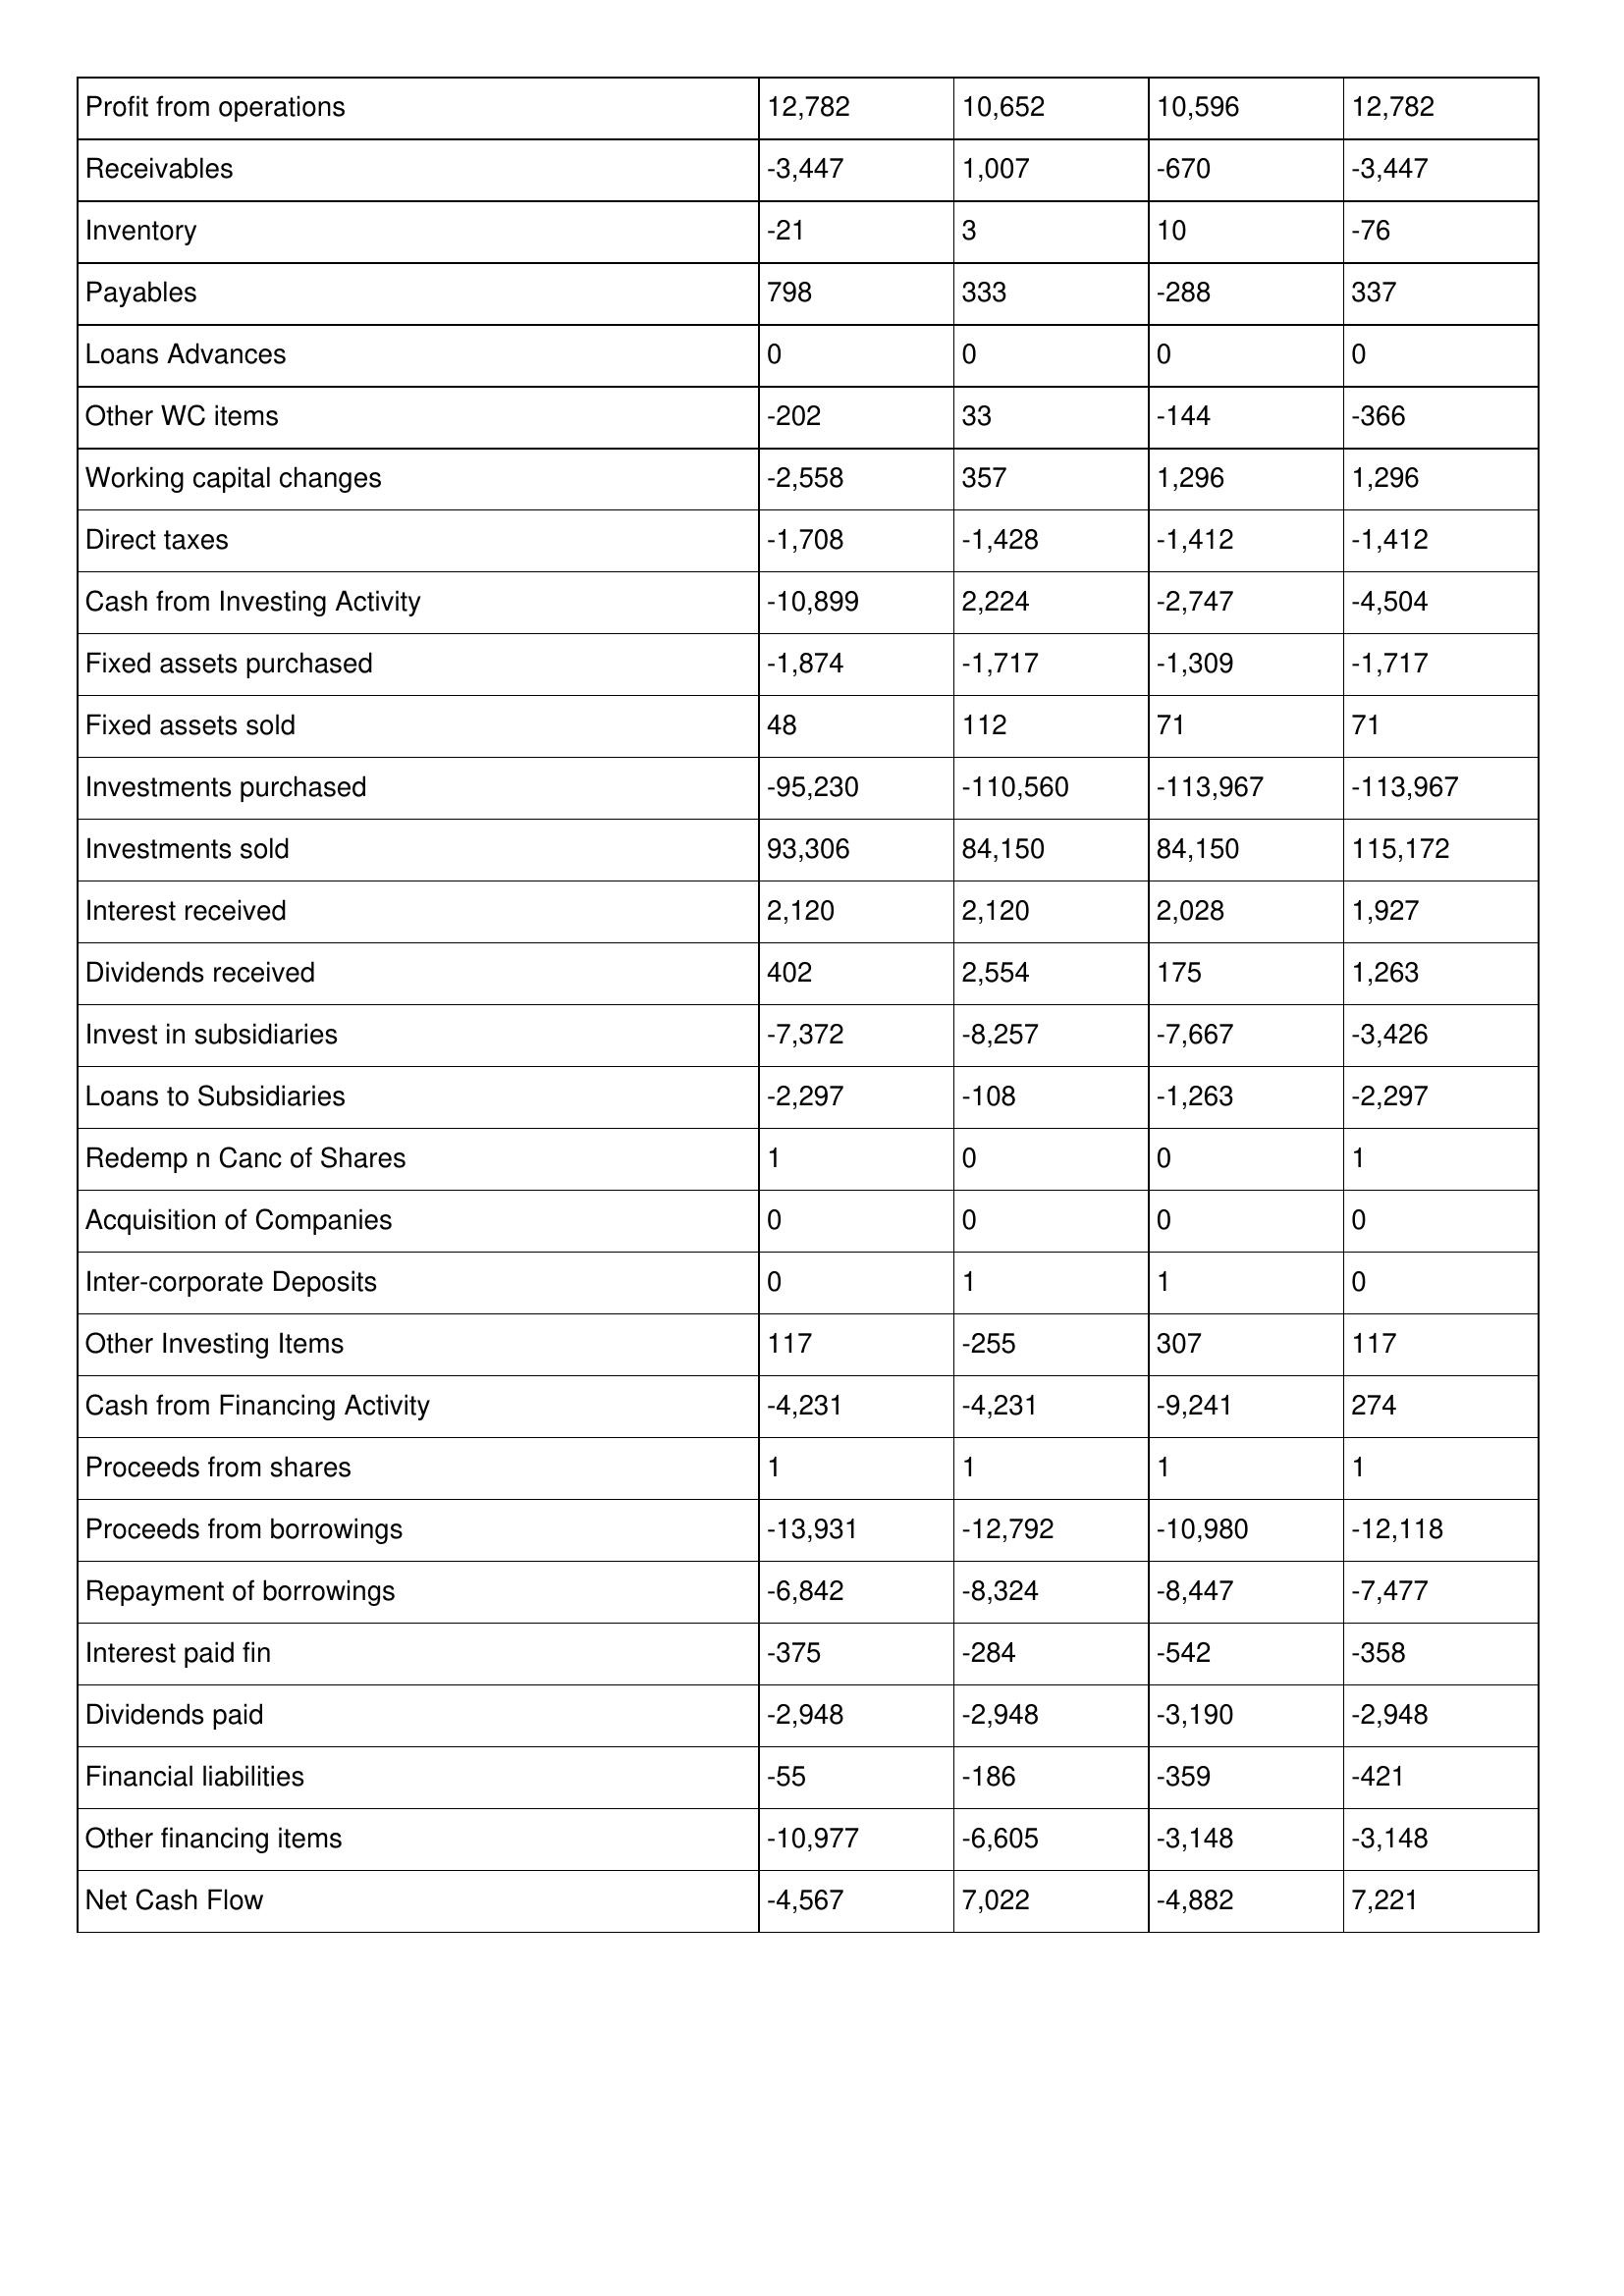
gt_parse: 1997: Cash Flows: Profit from operations: 12,782
Receivables: -3,447
Inventory: -21
Payables: 798
Loans Advances: 0
Other WC items: -202
Working capital changes: -2,558
Direct taxes: -1,708
Cash from Investing Activity: -10,899
Fixed assets purchased: -1,874
Fixed assets sold: 48
Investments purchased: -95,230
Investments sold: 93,306
Interest received: 2,120
Dividends received: 402
Invest in subsidiaries: -7,372
Loans to Subsidiaries: -2,297
Redemp n Canc of Shares: 1
Acquisition of Companies: 0
Inter-corporate Deposits: 0
Other Investing Items: 117
Cash from Financing Activity: -4,231
Proceeds from shares: 1
Proceeds from borrowings: -13,931
Repayment of borrowings: -6,842
Interest paid fin: -375
Dividends paid: -2,948
Financial liabilities: -55
Other financing items: -10,977
Net Cash Flow: -4,567
1996: Cash Flows: Profit from operations: 10,652
Receivables: 1,007
Inventory: 3
Payables: 333
Loans Advances: 0
Other WC items: 33
Working capital changes: 357
Direct taxes: -1,428
Cash from Investing Activity: 2,224
Fixed assets purchased: -1,717
Fixed assets sold: 112
Investments purchased: -110,560
Investments sold: 84,150
Interest received: 2,120
Dividends received: 2,554
Invest in subsidiaries: -8,257
Loans to Subsidiaries: -108
Redemp n Canc of Shares: 0
Acquisition of Companies: 0
Inter-corporate Deposits: 1
Other Investing Items: -255
Cash from Financing Activity: -4,231
Proceeds from shares: 1
Proceeds from borrowings: -12,792
Repayment of borrowings: -8,324
Interest paid fin: -284
Dividends paid: -2,948
Financial liabilities: -186
Other financing items: -6,605
Net Cash Flow: 7,022
1995: Cash Flows: Profit from operations: 10,596
Receivables: -670
Inventory: 10
Payables: -288
Loans Advances: 0
Other WC items: -144
Working capital changes: 1,296
Direct taxes: -1,412
Cash from Investing Activity: -2,747
Fixed assets purchased: -1,309
Fixed assets sold: 71
Investments purchased: -113,967
Investments sold: 84,150
Interest received: 2,028
Dividends received: 175
Invest in subsidiaries: -7,667
Loans to Subsidiaries: -1,263
Redemp n Canc of Shares: 0
Acquisition of Companies: 0
Inter-corporate Deposits: 1
Other Investing Items: 307
Cash from Financing Activity: -9,241
Proceeds from shares: 1
Proceeds from borrowings: -10,980
Repayment of borrowings: -8,447
Interest paid fin: -542
Dividends paid: -3,190
Financial liabilities: -359
Other financing items: -3,148
Net Cash Flow: -4,882
1994: Cash Flows: Profit from operations: 12,782
Receivables: -3,447
Inventory: -76
Payables: 337
Loans Advances: 0
Other WC items: -366
Working capital changes: 1,296
Direct taxes: -1,412
Cash from Investing Activity: -4,504
Fixed assets purchased: -1,717
Fixed assets sold: 71
Investments purchased: -113,967
Investments sold: 115,172
Interest received: 1,927
Dividends received: 1,263
Invest in subsidiaries: -3,426
Loans to Subsidiaries: -2,297
Redemp n Canc of Shares: 1
Acquisition of Companies: 0
Inter-corporate Deposits: 0
Other Investing Items: 117
Cash from Financing Activity: 274
Proceeds from shares: 1
Proceeds from borrowings: -12,118
Repayment of borrowings: -7,477
Interest paid fin: -358
Dividends paid: -2,948
Financial liabilities: -421
Other financing items: -3,148
Net Cash Flow: 7,221